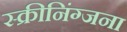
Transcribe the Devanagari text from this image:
स्क्रीनिंग्जना